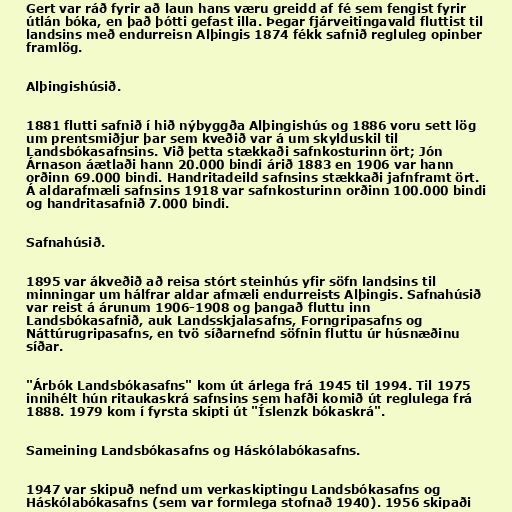
Gert var ráð fyrir að laun hans væru greidd af fé sem fengist fyrir
útlán bóka, en það þótti gefast illa. Þegar fjárveitingavald fluttist til
landsins með endurreisn Alþingis 1874 fékk safnið regluleg opinber
framlög.

Alþingishúsið.

1881 flutti safnið í hið nýbyggða Alþingishús og 1886 voru sett lög
um prentsmiðjur þar sem kveðið var á um skylduskil til
Landsbókasafnsins. Við þetta stækkaði safnkosturinn ört; Jón
Árnason áætlaði hann 20.000 bindi árið 1883 en 1906 var hann
orðinn 69.000 bindi. Handritadeild safnsins stækkaði jafnframt ört.
Á aldarafmæli safnsins 1918 var safnkosturinn orðinn 100.000 bindi
og handritasafnið 7.000 bindi.

Safnahúsið.

1895 var ákveðið að reisa stórt steinhús yfir söfn landsins til
minningar um hálfrar aldar afmæli endurreists Alþingis. Safnahúsið
var reist á árunum 1906-1908 og þangað fluttu inn
Landsbókasafnið, auk Landsskjalasafns, Forngripasafns og
Náttúrugripasafns, en tvö síðarnefnd söfnin fluttu úr húsnæðinu
síðar.

"Árbók Landsbókasafns" kom út árlega frá 1945 til 1994. Til 1975
innihélt hún ritaukaskrá safnsins sem hafði komið út reglulega frá
1888. 1979 kom í fyrsta skipti út "Íslenzk bókaskrá".

Sameining Landsbókasafns og Háskólabókasafns.

1947 var skipuð nefnd um verkaskiptingu Landsbókasafns og
Háskólabókasafns (sem var formlega stofnað 1940). 1956 skipaði